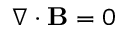
\nabla \cdot \mathbf { B } = 0